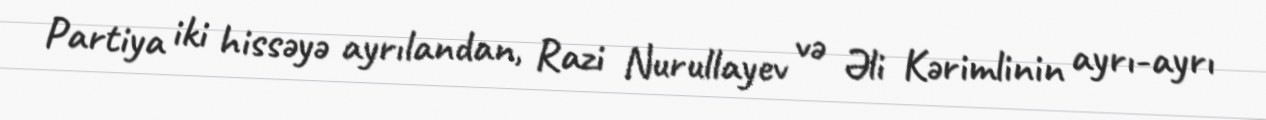
Partiya iki hissəyə ayrılandan, Razi Nurullayev və Əli Kərimlinin ayrı-ayrı